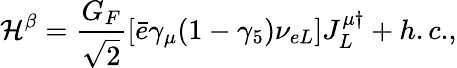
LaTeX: {\cal H}^{\beta}=\frac{G_{{F}}}{\sqrt{2}}\left[\bar{e}\gamma_{\mu}(1-\gamma_{5})\nu_{{eL}}\right]J_{L}^{\mu\dagger}+{h.c.},